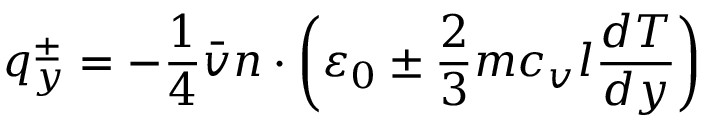
\quad q _ { y } ^ { \pm } = - { \frac { 1 } { 4 } } { \bar { v } } n \cdot \left( \varepsilon _ { 0 } \pm { \frac { 2 } { 3 } } m c _ { v } l { \frac { d T } { d y } } \right)